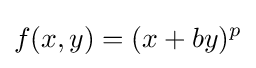
f(x,y)=(x+by)^{p}